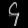
Digit: ၄